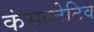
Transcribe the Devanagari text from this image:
कंसल्टेटिव